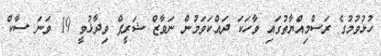
ހުޅުވުމުގެ ރަސްމިއްޔާތުގައި ވާހަކަ ދައްކަވަމުން ނަވާޒް ޝަރީފް ވިދާޅުވީ 19 ވަނަ ސާކް